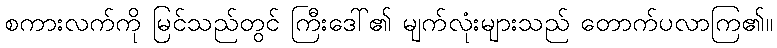
စကားလက်ကို မြင်သည်တွင် ကြီးဒေါ်၏ မျက်လုံးများသည် တောက်ပလာကြ၏။